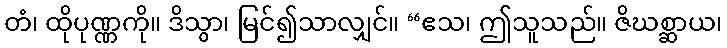
တံ၊ ထိုပုဏ္ဏကို။ ဒိသွာ၊ မြင်၍သာလျှင်။ “ဧသ၊ ဤသူသည်။ ဇိဃစ္ဆာယ၊